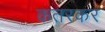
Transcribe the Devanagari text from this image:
कतरकर